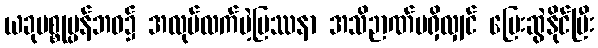
ယခုပစ္စုပ္ပန်ဘဝ၌ အလုပ်လက်မဲ့ပြဿနာ အသိဉာဏ်မရှိလျှင် ပြေးဆွဲနိုင်ပြီး